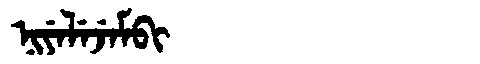
Manchu: ᠨᡳᠶᡝᠯᡝᠵᡝᠮᠪᡳ
Romanization: NIYELEJEMBI